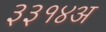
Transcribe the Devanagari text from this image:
३३१४अ